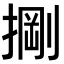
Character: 𭡺